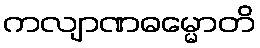
ကလျာဏဓမ္မောတိ